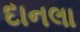
દાનલા